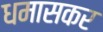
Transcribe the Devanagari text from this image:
धमासकर